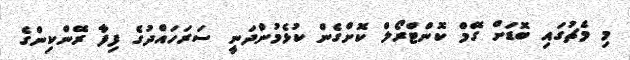
މި މެޗުގައި ބޮޑަށް ގޭމް ކޮންޓްރޯލް ކޮށްގެން ކުޅެމުންދަނީ ސަރަހައްދުގެ ފިފާ ރޭންކިންގެ